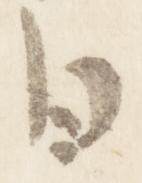
日